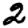
Digit: 2